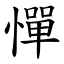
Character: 憚